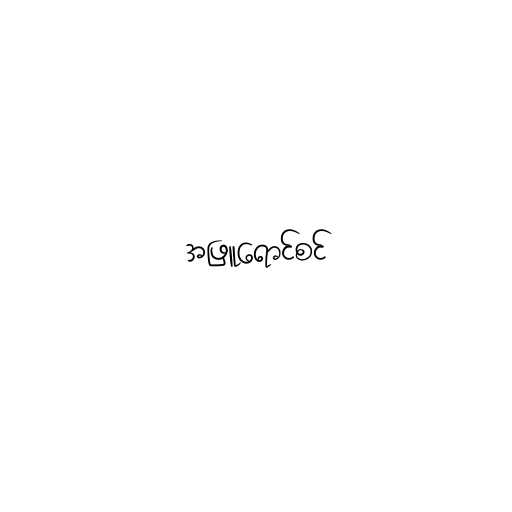
အဖြူရောင်စင်